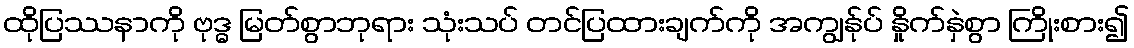
ထိုပြဿနာကို ဗုဒ္ဓ မြတ်စွာဘုရား သုံးသပ် တင်ပြထားချက်ကို အကျွန်ုပ် နှိုက်နှဲစွာ ကြိုးစား၍